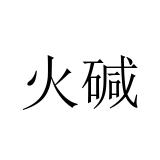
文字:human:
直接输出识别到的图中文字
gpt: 火碱